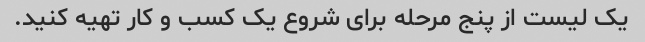
یک لیست از پنج مرحله برای شروع یک کسب و کار تهیه کنید.